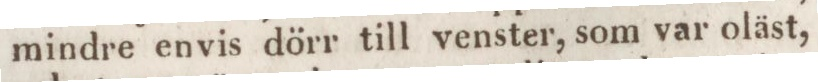
mindre envis dörr till venster, som var oläst,